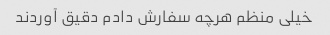
خیلی منظم هرچه سفارش دادم دقیق آوردند